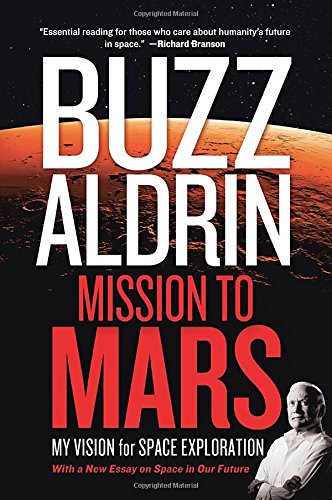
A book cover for Mission to Mars: My Vision for Space Exploration; Buzz Aldrin; Engineering & Transportation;